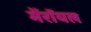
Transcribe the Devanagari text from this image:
मेंरॉयल